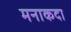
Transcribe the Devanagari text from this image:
मनाकदा